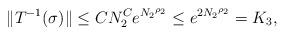
LaTeX: \begin{align*} \|T^{-1}(\sigma)\|\leq CN_2^Ce^{{N_2}^{\rho_2}}\leq e^{2{N_2}^{\rho_2}}=K_3,\end{align*}